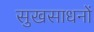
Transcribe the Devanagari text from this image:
सुखसाधनों